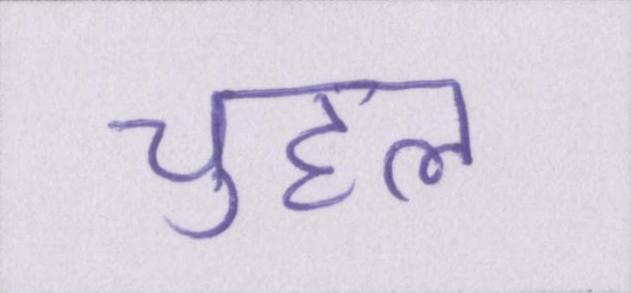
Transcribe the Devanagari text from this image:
चुहल